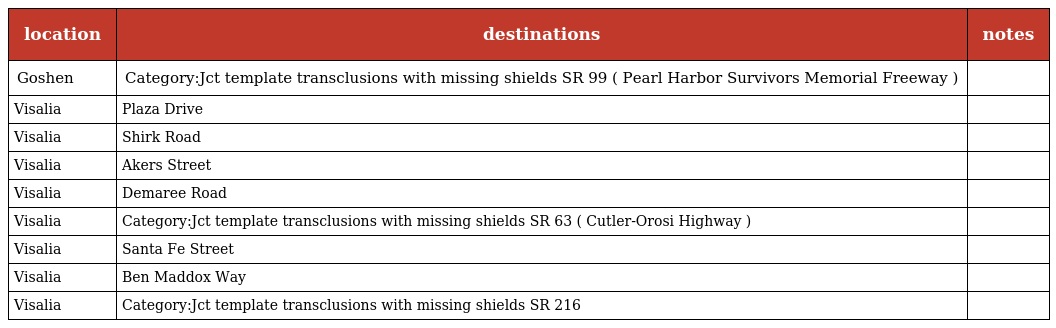
| location | destinations | notes |
 | --- | --- | --- |
 | Goshen | Category:Jct template transclusions with missing shields SR 99 ( Pearl Harbor Survivors Memorial Freeway ) |  |
 | Visalia | Plaza Drive |  |
 | Visalia | Shirk Road |  |
 | Visalia | Akers Street |  |
 | Visalia | Demaree Road |  |
 | Visalia | Category:Jct template transclusions with missing shields SR 63 ( Cutler-Orosi Highway ) |  |
 | Visalia | Santa Fe Street |  |
 | Visalia | Ben Maddox Way |  |
 | Visalia | Category:Jct template transclusions with missing shields SR 216 |  |